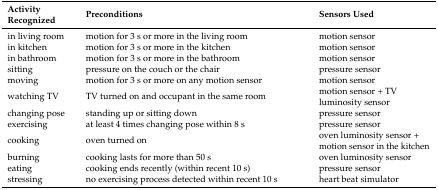
<table><thead><tr><td><b>Activity Recognized</b></td><td><b>Preconditions</b></td><td><b>Sensors Used</b></td></tr></thead><tbody><tr><td>in living room</td><td>motion for 3 s or more in the living room</td><td>motion sensor</td></tr><tr><td>in kitchen</td><td>motion for 3 s or more in the kitchen</td><td>motion sensor</td></tr><tr><td>in bathroom</td><td>motion for 3 s or more in the bathroom</td><td>motion sensor</td></tr><tr><td>sitting</td><td>pressure on the couch or the chair</td><td>pressure sensor</td></tr><tr><td>moving</td><td>motion for 3 s or more on any motion sensor</td><td>motion sensor</td></tr><tr><td>watching TV</td><td>TV turned on and occupant in the same room</td><td>motion sensor + TV luminosity sensor</td></tr><tr><td>changing pose</td><td>standing up or sitting down</td><td>pressure sensor</td></tr><tr><td>exercising</td><td>at least 4 times changing pose within 8 s</td><td>pressure sensor</td></tr><tr><td>cooking</td><td>oven turned on</td><td>oven luminosity sensor + motion sensor in the kitchen</td></tr><tr><td>burning</td><td>cooking lasts for more than 50 s</td><td>oven luminosity sensor</td></tr><tr><td>eating</td><td>cooking ends recently (within recent 10 s)</td><td>pressure sensor</td></tr><tr><td>stressing</td><td>no exercising process detected within recent 10 s</td><td>heart beat simulator</td></tr></tbody></table>